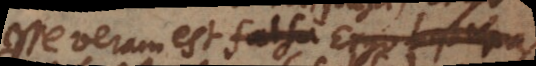
esse veram est falsa (per